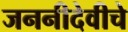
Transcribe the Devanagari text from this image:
जननीदेवीचे